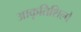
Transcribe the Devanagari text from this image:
आकृतिशिल्पे